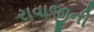
રાવાજીની